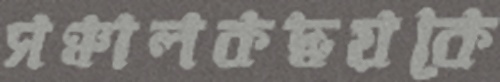
সঞ্চালকদ্বয়কে